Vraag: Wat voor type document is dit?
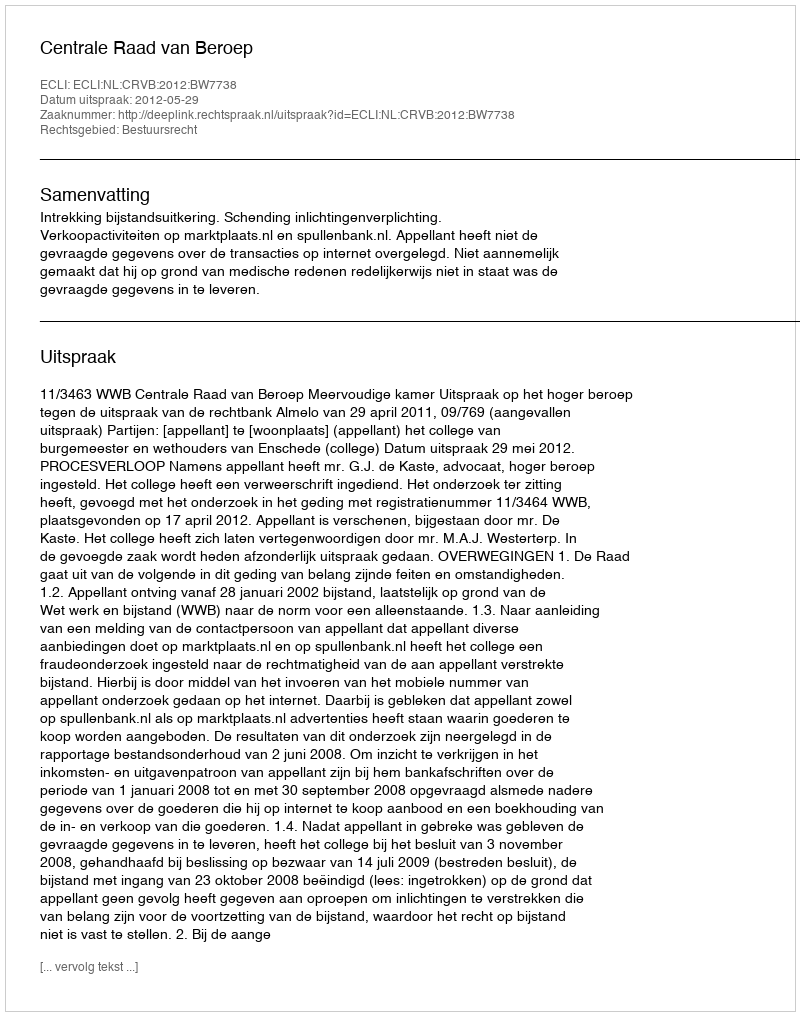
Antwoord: Uitspraak